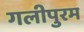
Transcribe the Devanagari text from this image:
गलीपुरम